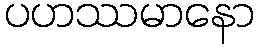
ပဟဿမာနော